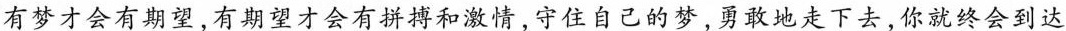
有梦才会有期望，有期望才会有拼搏和激情，守住自己的梦，勇敢地走下去，你就终会到达